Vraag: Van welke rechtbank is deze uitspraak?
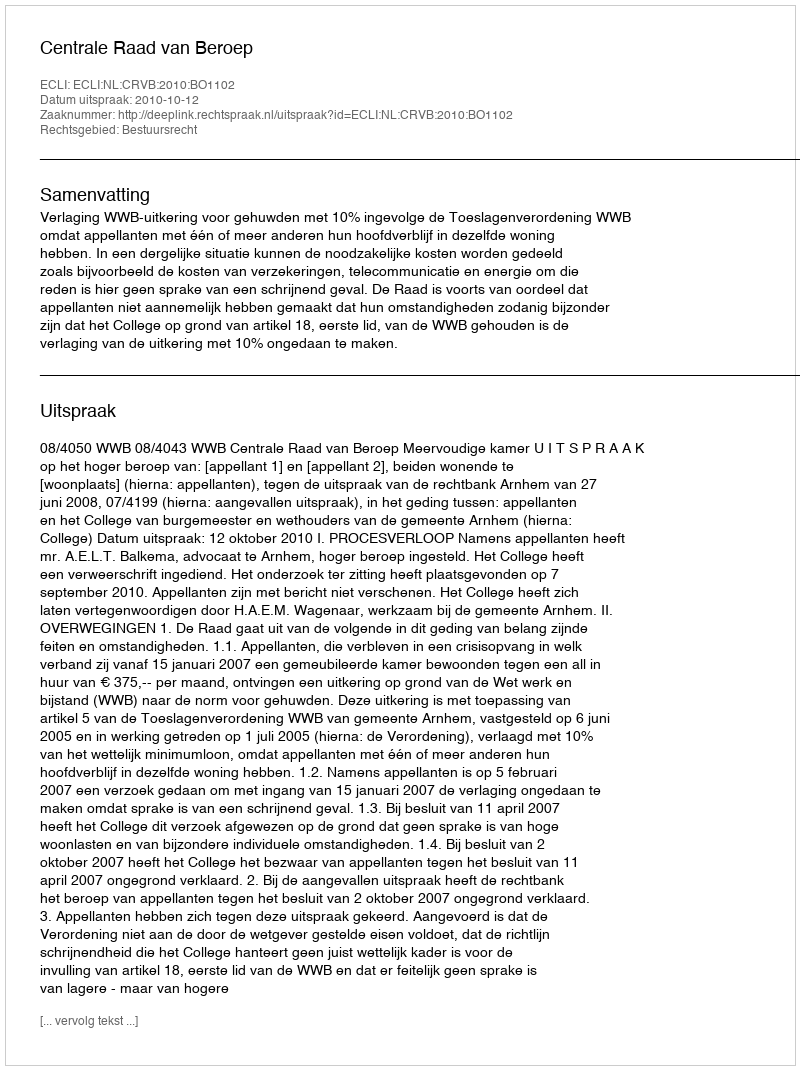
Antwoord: Centrale Raad van Beroep